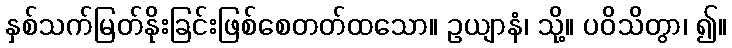
နှစ်သက်မြတ်နိုးခြင်းဖြစ်စေတတ်ထသော။ ဥယျာနံ၊ သို့။ ပဝိသိတွာ၊ ၍။